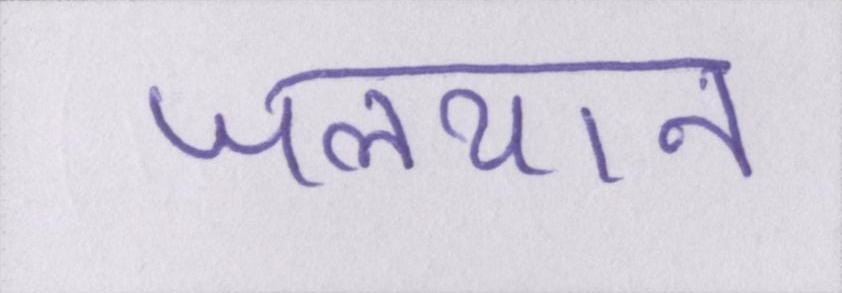
जलयान